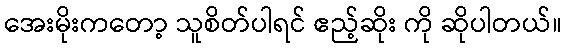
အေးမိုးကတော့ သူစိတ်ပါရင် ဧည့်ဆိုး ကို ဆိုပါတယ်။